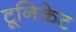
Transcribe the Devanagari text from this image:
टूनिकेट